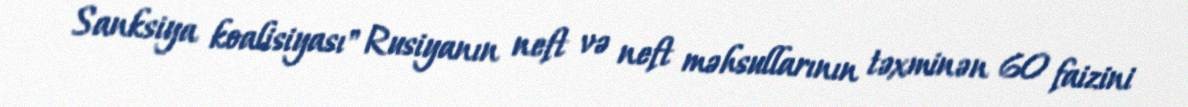
Sanksiya koalisiyası" Rusiyanın neft və neft məhsullarının təxminən 60 faizini